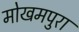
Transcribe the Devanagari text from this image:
मोखमपुरा